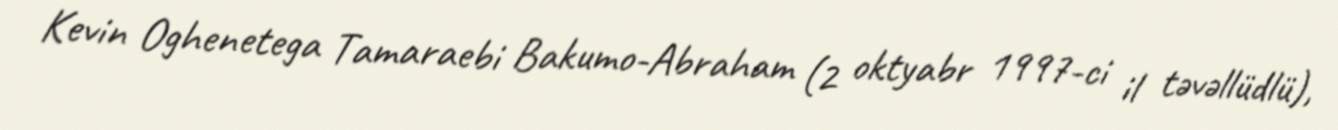
Kevin Oghenetega Tamaraebi Bakumo-Abraham (2 oktyabr 1997-ci il təvəllüdlü),